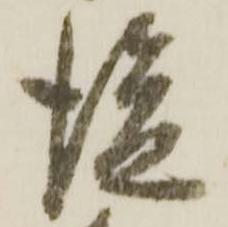
後